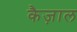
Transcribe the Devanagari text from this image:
कैज़ाल